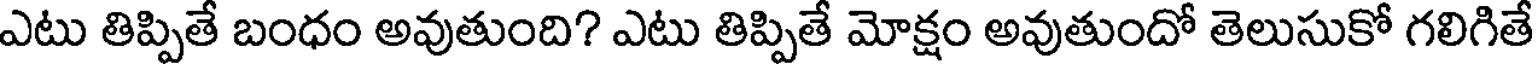
ఎటు తిప్పితే బంధం అవుతుంది? ఎటు తిప్పితే మోక్షం అవుతుందో తెలుసుకో గలిగితే